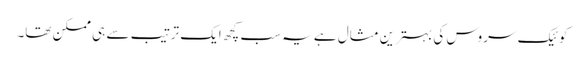
کوئیک سروس کی بہترین مثال ہے یہ سب کچھ ایک ترتیب سے ہی ممکن تھا۔